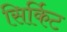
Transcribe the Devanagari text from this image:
सिर्किट